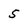
Character: 5